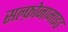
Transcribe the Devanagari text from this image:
सल्‍फ़ोनामाइड